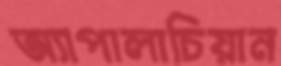
অ্যাপালাচিয়ান